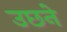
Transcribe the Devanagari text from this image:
उछने